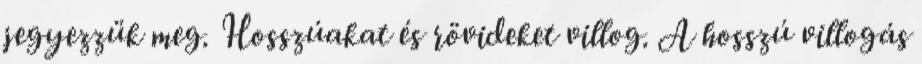
jegyezzük meg. Hosszúakat és rövideket villog. A hosszú villogás